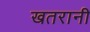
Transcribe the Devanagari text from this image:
खतरानी